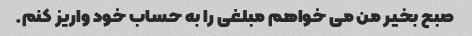
صبح بخیر من می خواهم مبلغی را به حساب خود واریز کنم.